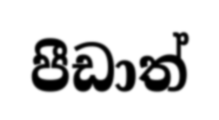
පීඩාත්